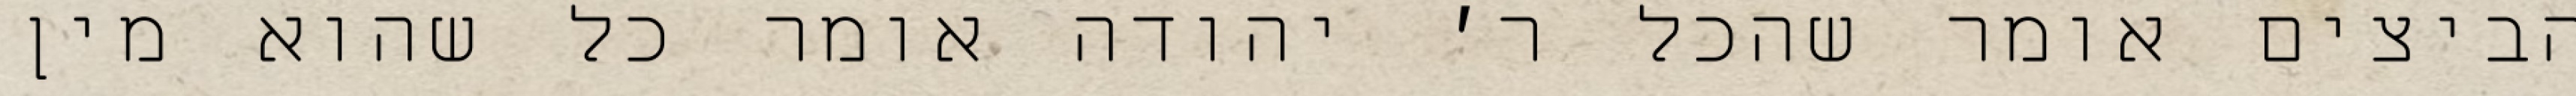
הביצים אומר שהכל ר׳ יהודה אומר כל שהוא מין